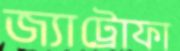
জ্যাট্রোফা